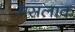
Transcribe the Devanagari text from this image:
मसलाक